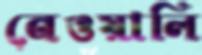
নেওয়ালি